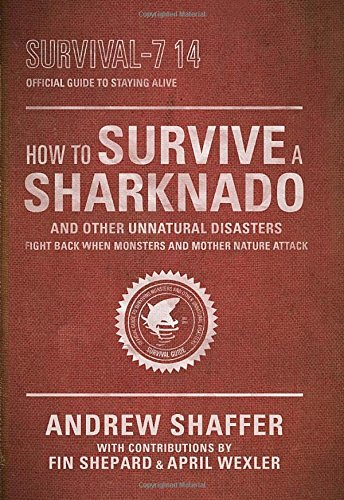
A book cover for How to Survive a Sharknado and Other Unnatural Disasters: Fight Back When Monsters and Mother Nature Attack; Andrew Shaffer; Science Fiction & Fantasy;